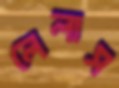
লেলাস